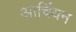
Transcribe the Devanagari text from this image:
आर्चियन